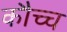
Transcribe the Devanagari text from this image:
कौच्च